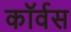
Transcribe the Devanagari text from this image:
कॉर्वस